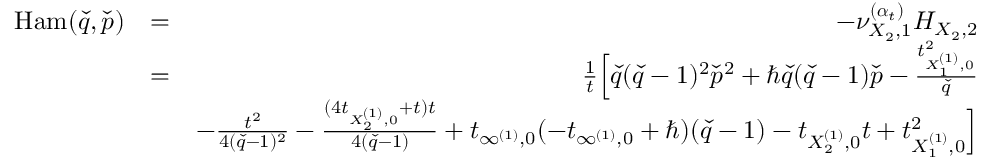
\begin{array} { r l r } { \mathrm { H a m } ( \check { q } , \check { p } ) } & { = } & { - \nu _ { { X _ { 2 } } , 1 } ^ { ( \boldsymbol { \alpha } _ { t } ) } H _ { X _ { 2 } , 2 } } \\ & { = } & { \frac { 1 } { t } \Big [ \check { q } ( \check { q } - 1 ) ^ { 2 } \check { p } ^ { 2 } + \hbar \check { q } ( \check { q } - 1 ) \check { p } - \frac { t _ { X _ { 1 } ^ { ( 1 ) } , 0 } ^ { 2 } } { \check { q } } } \\ & { } & { - \frac { t ^ { 2 } } { 4 ( \check { q } - 1 ) ^ { 2 } } - \frac { ( 4 t _ { X _ { 2 } ^ { ( 1 ) } , 0 } + t ) t } { 4 ( \check { q } - 1 ) } + t _ { \infty ^ { ( 1 ) } , 0 } ( - t _ { \infty ^ { ( 1 ) } , 0 } + \hbar ) ( \check { q } - 1 ) - t _ { X _ { 2 } ^ { ( 1 ) } , 0 } t + t _ { X _ { 1 } ^ { ( 1 ) } , 0 } ^ { 2 } \Big ] } \\ & { } & \end{array}